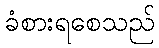
ခံစားရစေသည်